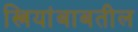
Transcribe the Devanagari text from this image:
स्त्रियांबाबतील